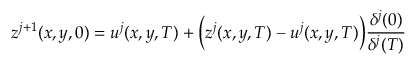
z ^ { j + 1 } ( x , y , 0 ) = u ^ { j } ( x , y , T ) + \Big ( z ^ { j } ( x , y , T ) - u ^ { j } ( x , y , T ) \Big ) \frac { \delta ^ { j } ( 0 ) } { \delta ^ { j } ( T ) }